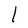
Character: I